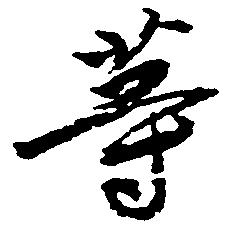
等